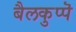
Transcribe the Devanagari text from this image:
बैलकुप्पॆ